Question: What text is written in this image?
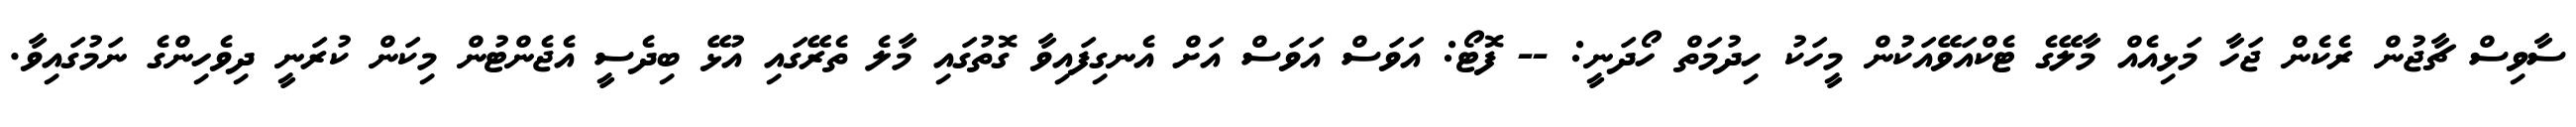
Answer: ސާވިސް ޗާޖުން ރެކެން ޖަހާ މަޅިއެއް މާލޭގެ ޓެކްއަވޭއަކުން މީހަކު ހިދުމަތް ހޯދަނީ: -- ފޮޓޯ: އަވަސް އަވަސް އަށް އެނގިފައިވާ ގޮތުގައި މާލެ ތެރޭގައި އުޅޭ ބިދެސީ އެޖެންޓުން މިކަން ކުރަނީ ދިވެހިންގެ ނަމުގައިވާ.